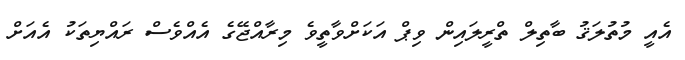
އެއީ މުތުލަޤު ބާތިލް ތްރީލައިން ވިޕް އަކަށްވާތީވެ މިރާއްޖޭގެ އެެެެއްވެސް ރައްޔިތަކު އެއަށް